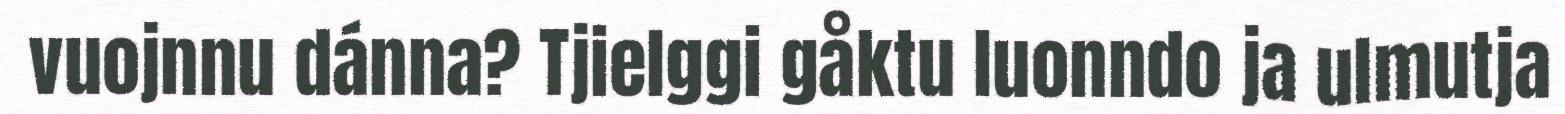
vuojnnu dánna? Tjielggi gåktu luonndo ja ulmutja